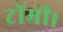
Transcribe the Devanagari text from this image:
टॉमी।